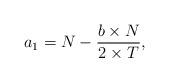
LaTeX: \begin{align*}a_1 = N-\frac{b\times N}{2\times T},\end{align*}